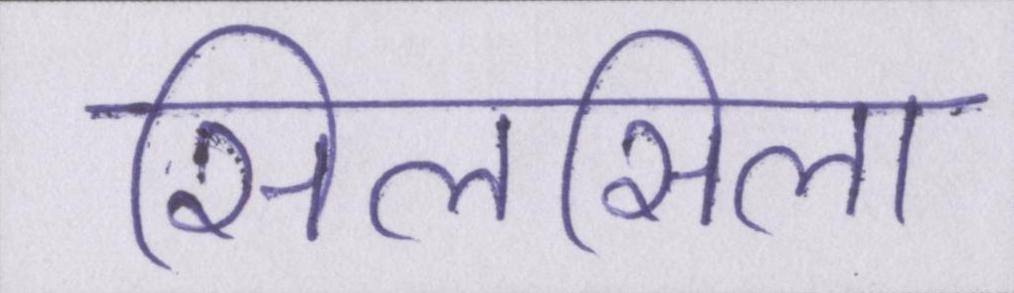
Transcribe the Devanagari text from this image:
सिलसिला